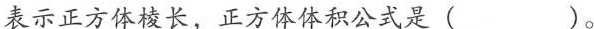
表示正方体棱长，正方体体积公式是( )。